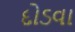
દોડવા